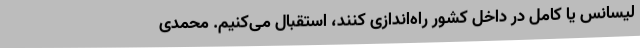
لیسانس یا کامل در داخل کشور راه‌اندازی کنند، استقبال می‌کنیم. محمدی